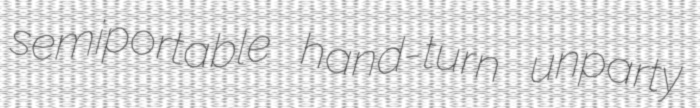
semiportable hand-turn unparty